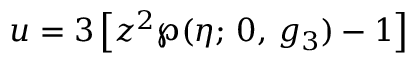
u = 3 \left[ z ^ { 2 } \wp ( \eta ; \, 0 , \, g _ { 3 } ) - 1 \right]